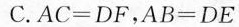
C.$$ AC = DF $$，$$ AB = DE $$